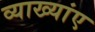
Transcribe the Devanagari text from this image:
व्याख्यांए